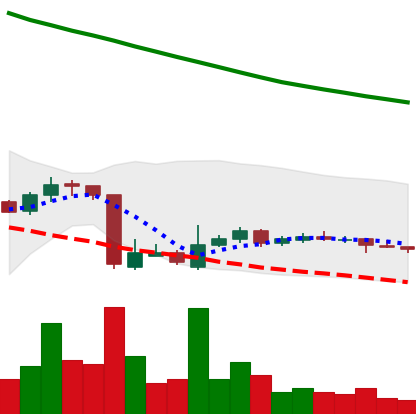
Ticker: ADA-USD
Chart end date: 2018-10-25
Forward return: -5.703%
Label: down_5_7